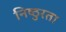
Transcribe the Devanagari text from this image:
निष्‍ठुरता